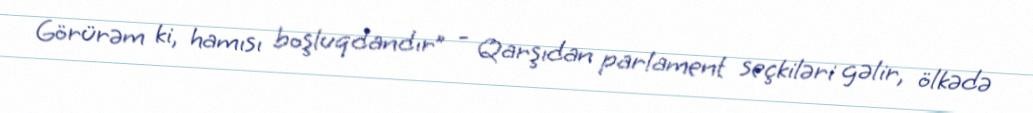
Görürəm ki, hamısı boşluqdandır” - Qarşıdan parlament seçkiləri gəlir, ölkədə